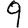
Digit: 9